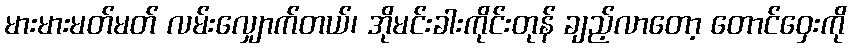
မားမားမတ်မတ် လမ်းလျှောက်တယ်၊ အိုမင်းခါးကိုင်းတုန် ချည့်လာတော့ တောင်ဝှေးကို